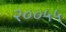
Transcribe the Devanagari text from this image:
२००५५